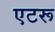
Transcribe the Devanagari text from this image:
एटरू